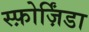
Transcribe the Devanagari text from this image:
स्फ़ोर्ज़िंडा